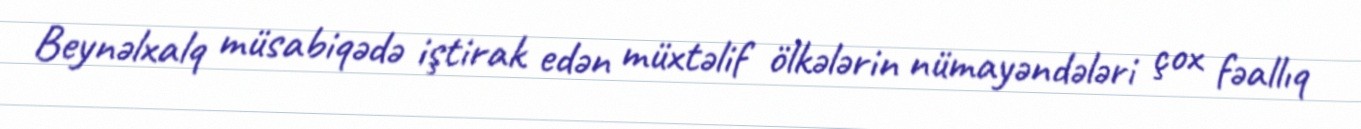
Beynəlxalq müsabiqədə iştirak edən müxtəlif ölkələrin nümayəndələri çox fəallıq